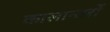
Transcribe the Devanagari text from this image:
कालान्तरों